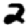
Digit: 2